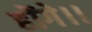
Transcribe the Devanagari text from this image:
होंगे।।